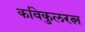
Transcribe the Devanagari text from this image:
कविकुलरत्न